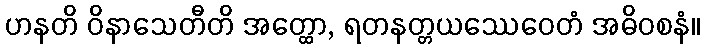
ဟနတိ ဝိနာသေတီတိ အတ္ထော, ရတနတ္တယဿေဝေတံ အဓိဝစနံ။